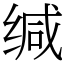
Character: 缄